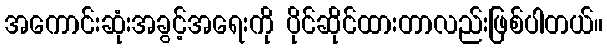
အကောင်းဆုံးအခွင့်အရေးကို ပိုင်ဆိုင်ထားတာလည်းဖြစ်ပါတယ်။